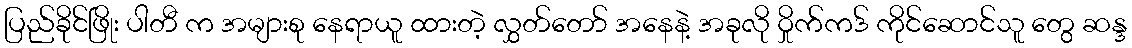
ပြည်ခိုင်ဖြိုး ပါတီ က အများစု နေရာယူ ထားတဲ့ လွှတ်တော် အနေနဲ့ အခုလို ဝှိုက်ကဒ် ကိုင်ဆောင်သူ တွေ ဆန္ဒ